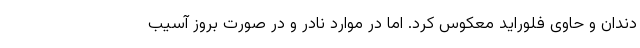
دندان و حاوی فلوراید معکوس کرد. اما در موارد نادر و در صورت بروز آسیب